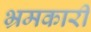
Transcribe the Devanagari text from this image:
भ्रमकारी